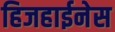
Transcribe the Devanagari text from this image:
हिजहाईनेस